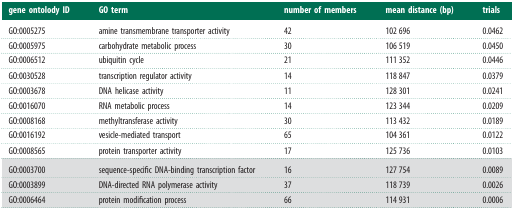
<table><thead><tr><td><b>gene ontolody ID</b></td><td><b>GO term</b></td><td><b>number of members</b></td><td><b>mean distance (bp)</b></td><td><b>trials</b></td></tr></thead><tbody><tr><td>GO:0005275</td><td>amine transmembrane transporter activity</td><td>42</td><td>102 696</td><td>0.0462</td></tr><tr><td>GO:0005975</td><td>carbohydrate metabolic process</td><td>30</td><td>106 519</td><td>0.0450</td></tr><tr><td>GO:0006512</td><td>ubiquitin cycle</td><td>21</td><td>111 352</td><td>0.0446</td></tr><tr><td>GO:0030528</td><td>transcription regulator activity</td><td>14</td><td>118 847</td><td>0.0379</td></tr><tr><td>GO:0003678</td><td>DNA helicase activity</td><td>11</td><td>128 301</td><td>0.0241</td></tr><tr><td>GO:0016070</td><td>RNA metabolic process</td><td>14</td><td>123 344</td><td>0.0209</td></tr><tr><td>GO:0008168</td><td>methyltransferase activity</td><td>30</td><td>113 432</td><td>0.0189</td></tr><tr><td>GO:0016192</td><td>vesicle-mediated transport</td><td>65</td><td>104 361</td><td>0.0122</td></tr><tr><td>GO:0008565</td><td>protein transporter activity</td><td>17</td><td>125 736</td><td>0.0103</td></tr><tr><td>GO:0003700</td><td>sequence-specific DNA-binding transcription factor</td><td>16</td><td>127 754</td><td>0.0089</td></tr><tr><td>GO:0003899</td><td>DNA-directed RNA polymerase activity</td><td>37</td><td>118 739</td><td>0.0026</td></tr><tr><td>GO:0006464</td><td>protein modification process</td><td>66</td><td>114 931</td><td>0.0006</td></tr></tbody></table>